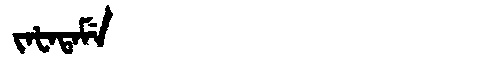
Manchu: ᠵᠠᡶᠠᡨᠠᠮᡝ
Romanization: JAFATAME